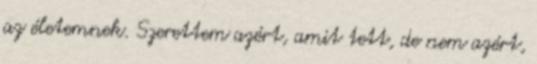
az életemnek. Szerettem azért, amit tett, de nem azért,